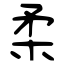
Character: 柔